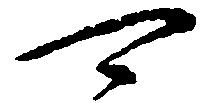
可